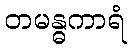
တမန္ဓကာရံ